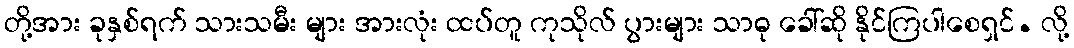
တို့အား ခုနှစ်ရက် သားသမီး များ အားလုံး ထပ်တူ ကုသိုလ် ပွားများ သာဓု ခေါ်ဆို နိုင်ကြပါစေရှင်. လို့